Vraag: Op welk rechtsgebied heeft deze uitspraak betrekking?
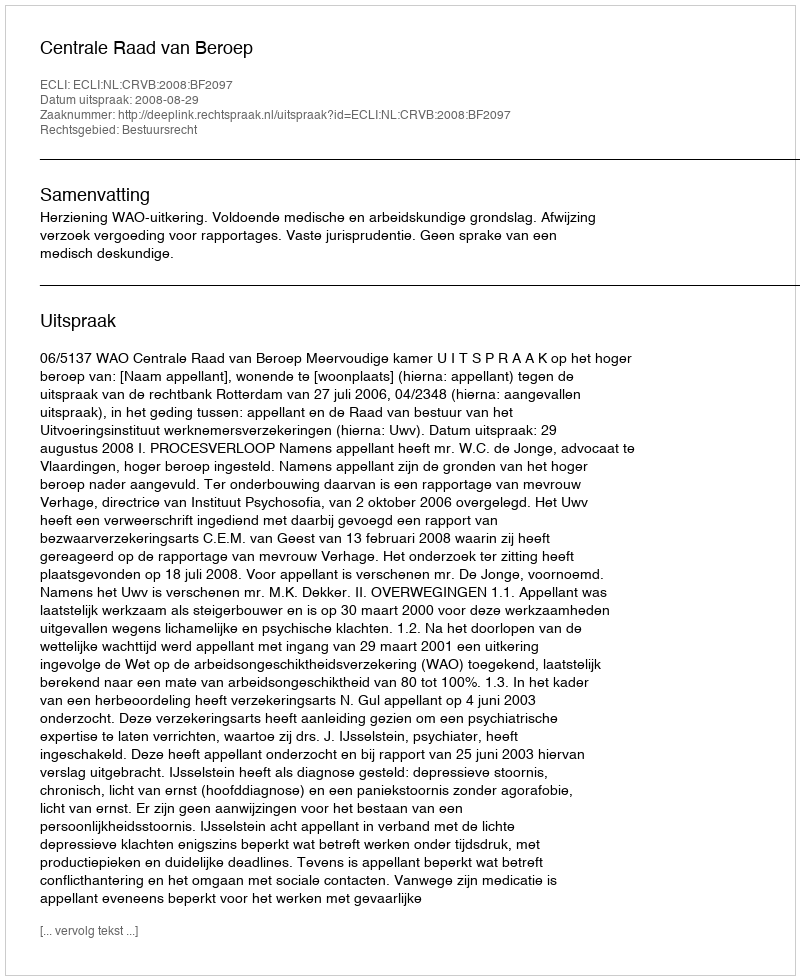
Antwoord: Bestuursrecht